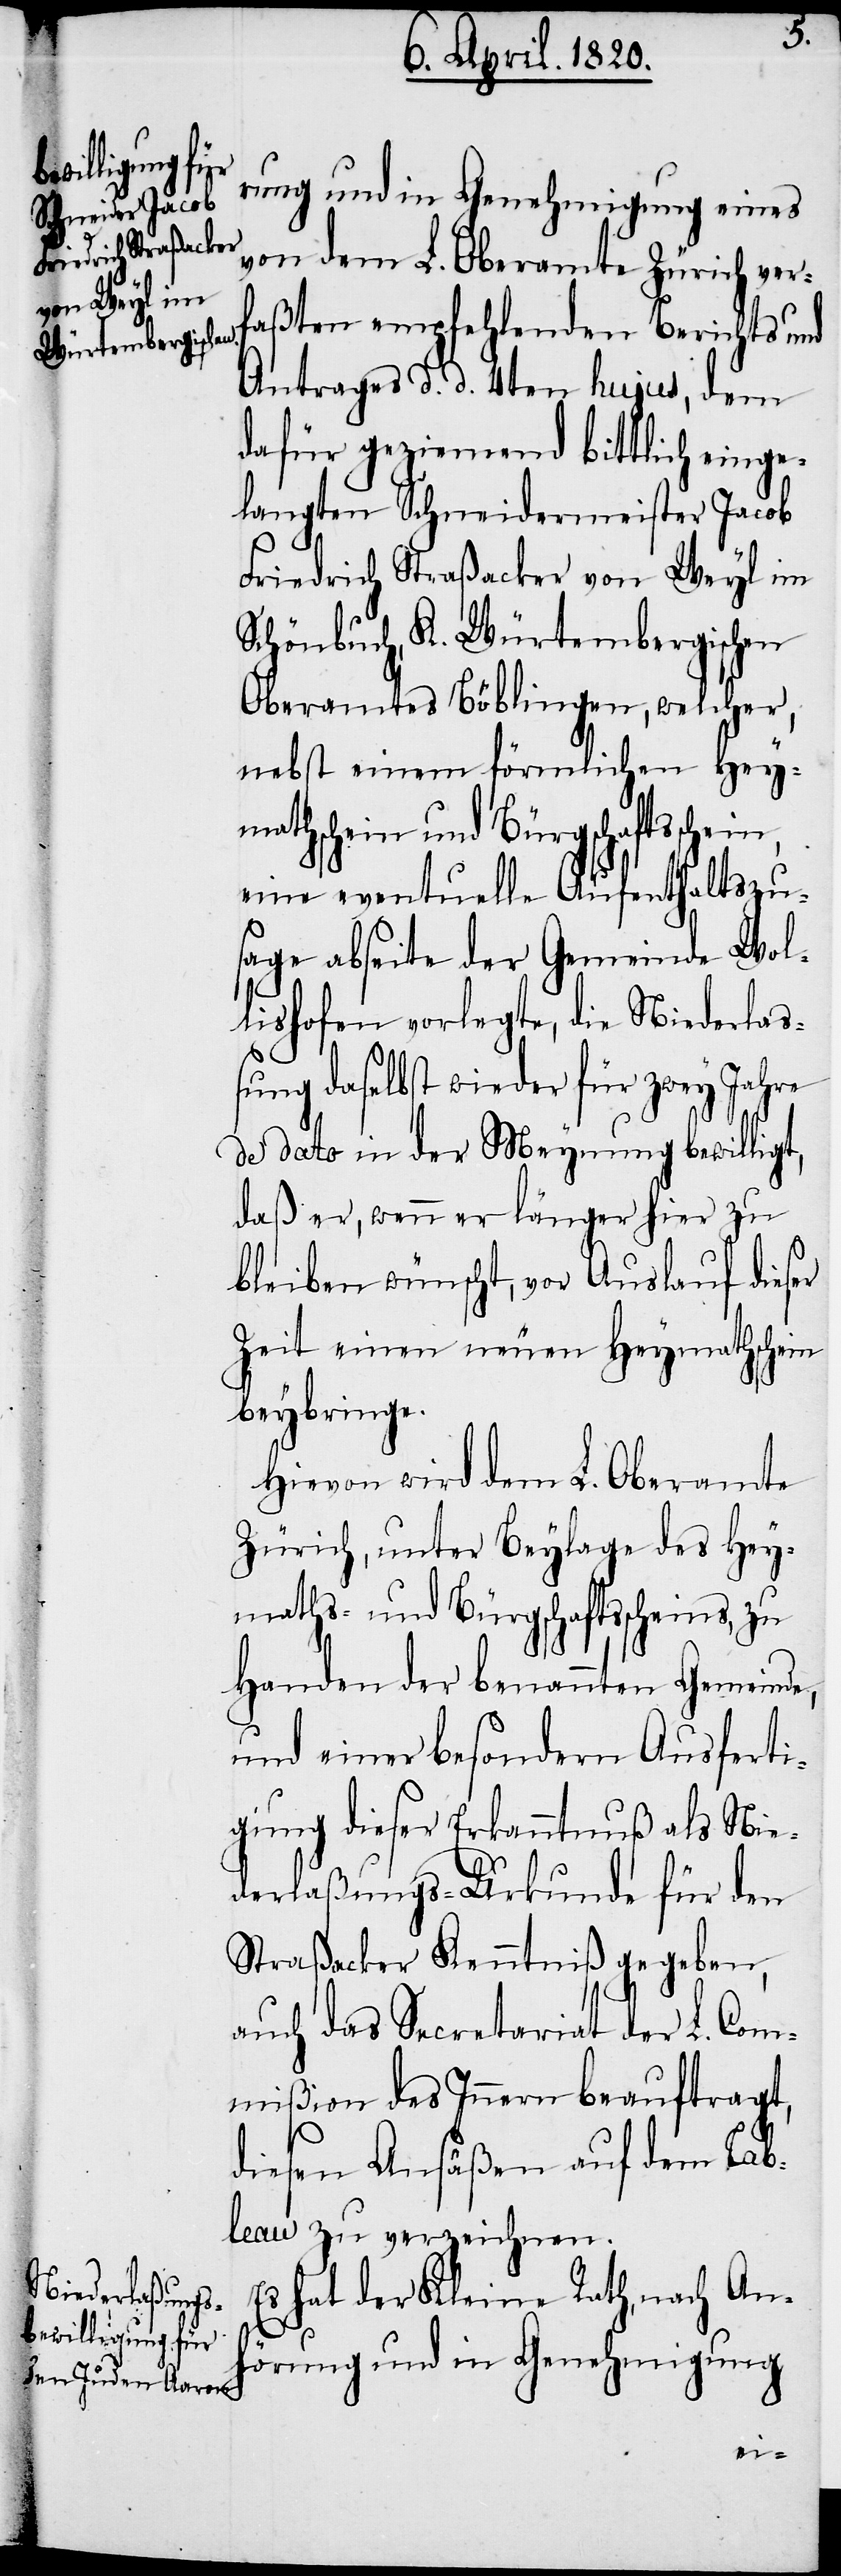
rung und in Genehmigung eines
von dem L. Oberamte Zürich verf¬
aßten empfehlenden Berichts und
Antrages d. d. 4ten hujus, dem
dafür geziemend bittlich einge¬
langten Schneidermeister Jacob
n,
Friedrich Straßacker von Weyl im
Schönbuch, K. Würtembergischen
Oberamtes Böblingen, welcher,
nebst einem förmlichen Heym¬
athschein und Bürgschaftsschei¬
eine eventuelle Aufenthaltszu¬
sage abseite der Gemeinde Wol¬
lishofen vorlegte, die Niederlas¬
sung daselbst wieder für zwey Jahre
de dato in der Meynung bewilligt,
daß er, wenn er länger hier zu
bleiben wünscht, vor Auslauf dieser
Zeit einen neuen Heymathschein
beybringe.
Hiervon wird dem L. Oberamte
Zürich, unter Beylage des Hey¬
maths- und Bürgschaftsscheins, zu
Handen der benannten Gemeinde,
und einer besondern Ausferti¬
gung dieser Erkenntnis als Nie¬
derlaßungs-Urkunde für den
Straßacker Kenntniß gegeben,
auch das Secretariat der L. Com¬
mißion des Innern beauftragt,
diesen Ansäßen auf dem Tab¬
leau zu verzeichnen.
Es hat der Kleine Rath, nach An¬
hörung und in Genehmigung